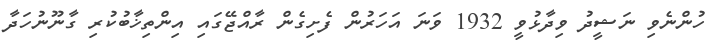
ހުންނެވި ނަޝީދު ވިދާޅުވީ 1932 ވަނަ އަހަރުން ފެށިގެން ރާއްޖޭގައި އިންތިޚާބުކުރި ގާނޫނުހަދާ